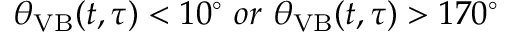
\theta _ { \mathrm { V B } } ( t , \tau ) < 1 0 ^ { \circ } \ o r \ \theta _ { \mathrm { V B } } ( t , \tau ) > 1 7 0 ^ { \circ }